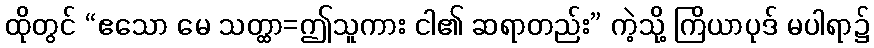
ထိုတွင် “ဧသော မေ သတ္ထာ=ဤသူကား ငါ၏ ဆရာတည်း” ကဲ့သို့ ကြိယာပုဒ် မပါရာ၌